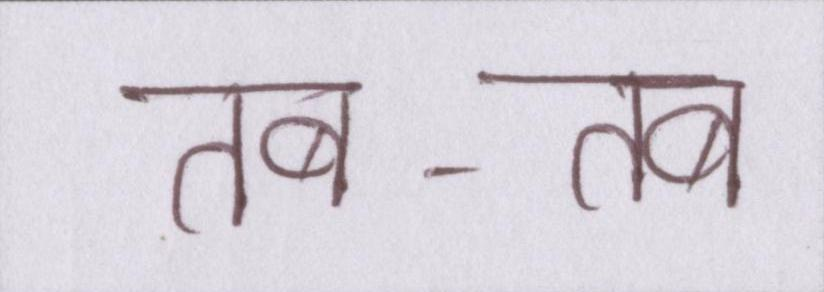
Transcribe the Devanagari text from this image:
तब-तब